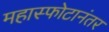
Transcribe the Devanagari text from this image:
महास्फोटानंतर